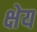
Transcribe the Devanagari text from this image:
क्षेय